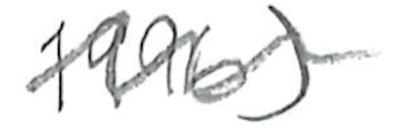
Text: 1996)
Cross-out: wave
Writing tool: pencil